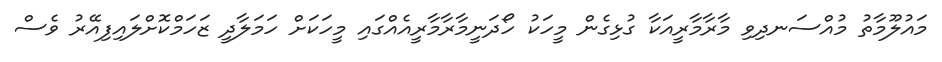
މައުލޫމާތު މުއްސަނދިވި މާރާމާރީއަކާ ގުޅިގެން މީހަކު ހޯދަނީމާރާމާރީއެއްގައި މީހަކަށް ހަމަލާދީ ޒަހަމްކޮށްލައިފިއޭރު ވެސް